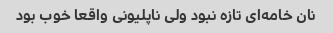
نان خامه‌ای تازه نبود ولی ناپلیونی واقعا خوب بود